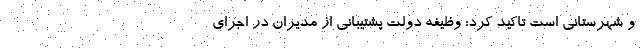
و شهرستانی است تاکید کرد: وظیفه دولت پشتیبانی از مدیران در اجرای